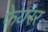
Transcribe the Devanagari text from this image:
फेयरर